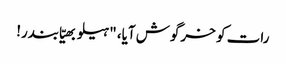
رات کو خرگوش آیا، "ہیلو بھیّا بندر!